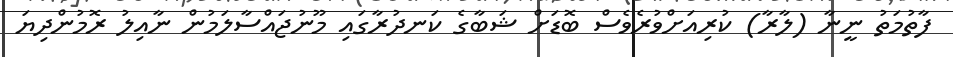
ފާތުމަތު ނީނާ (ލާރާ) ކުރިއަށްވުރެވެސް ބޮޑަށް ޝަބާގެ ކަނދުރާގައި މޫނުޖައްސާލަމުން ނާއިލު ރޮމުންދިޔަ